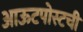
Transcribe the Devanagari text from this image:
आऊटपोस्टची